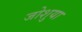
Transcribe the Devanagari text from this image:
जोशुया